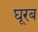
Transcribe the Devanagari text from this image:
घूरब